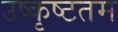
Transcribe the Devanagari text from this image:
उष्कृष्टतम